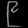
Digit: ၉